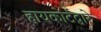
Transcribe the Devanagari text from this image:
हायकोर्टद्वारे